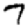
Digit: 7